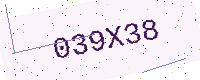
Text: 039X38